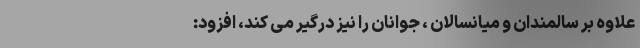
علاوه بر سالمندان و میانسالان ، جوانان را نیز درگیر می کند، افزود: